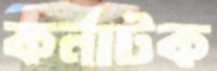
কর্নাটক